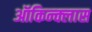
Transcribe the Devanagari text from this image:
ऑकिन्क्लास